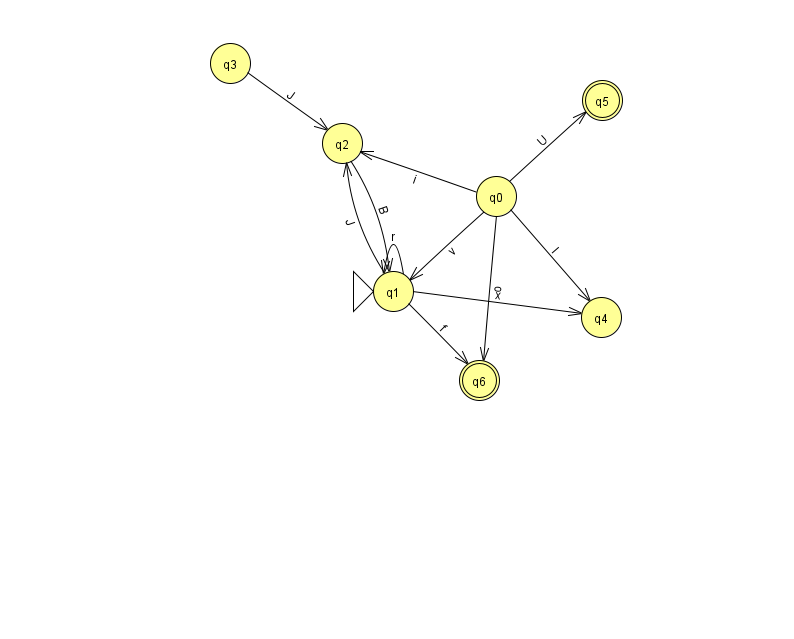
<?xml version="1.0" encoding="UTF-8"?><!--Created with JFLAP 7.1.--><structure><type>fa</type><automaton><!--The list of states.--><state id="0" name="q0"><x>496.0</x><y>183.0</y></state><state id="1" name="q1"><x>393.0</x><y>278.0</y><initial/></state><state id="2" name="q2"><x>342.0</x><y>130.0</y></state><state id="3" name="q3"><x>230.0</x><y>50.0</y></state><state id="4" name="q4"><x>601.0</x><y>304.0</y></state><state id="5" name="q5"><x>602.0</x><y>87.0</y><final/></state><state id="6" name="q6"><x>479.0</x><y>367.0</y><final/></state><!--The list of transitions.--><transition><from>0</from><to>4</to><read>l</read></transition><transition><from>1</from><to>1</to><read>r</read></transition><transition><from>0</from><to>2</to><read>i</read></transition><transition><from>2</from><to>1</to><read>B</read></transition><transition><from>0</from><to>6</to><read>o</read></transition><transition><from>1</from><to>6</to><read>f</read></transition><transition><from>0</from><to>5</to><read>U</read></transition><transition><from>3</from><to>2</to><read>J</read></transition><transition><from>1</from><to>4</to><read>x</read></transition><transition><from>1</from><to>2</to><read>J</read></transition><transition><from>0</from><to>1</to><read>v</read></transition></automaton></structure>